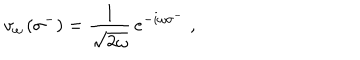
LaTeX: v _ { \omega } \left( \sigma ^ { - } \right) = { \frac { 1 } { \sqrt { 2 \omega } } } \, e ^ { - i \omega \sigma ^ { - } } \; ,